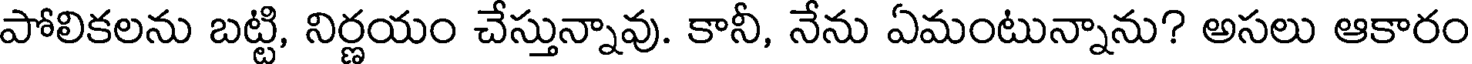
పోలికలను బట్టి, నిర్ణయం చేస్తున్నావు. కానీ, నేను ఏమంటున్నాను? అసలు ఆకారం